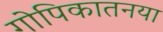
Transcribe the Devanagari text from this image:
गोपिकातनया